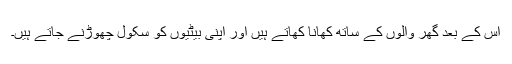
اس کے بعد گھر والوں کے ساتھ کھانا کھاتے ہیں اور اپنی بیٹیوں کو سکول چھوڑنے جاتے ہیں۔